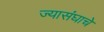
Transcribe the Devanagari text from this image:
ज्यासंघाचे